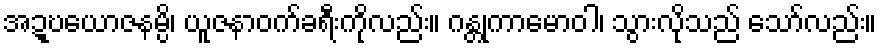
အဍ္ဎယောဇနမ္ပိ၊ ယူဇနာဝက်ခရီးကိုလည်း။ ဂန္တုကာမောဝါ၊ သွားလိုသည် သော်လည်း။